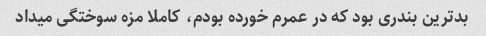
بدترین بندری بود که در عمرم خورده بودم، کاملا مزه سوختگی میداد‌